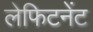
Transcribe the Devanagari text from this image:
लेफिटनेंट